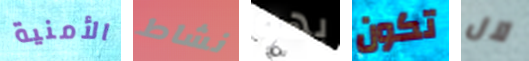
الأمنية نشاط بهو تكون لآل